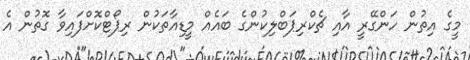
މީގެ އިތުން ހަންގޭރީ އާއި ޗެކްރިޕަބްލިކުންގެ ބައެއް މީޑިއާތަކުން ރިޕޯޓްކޮށްފައިވާ ގޮތުން އެ